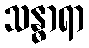
သန္ဓာရာ